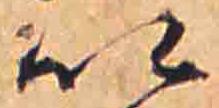
い